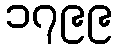
၁၇၉၉